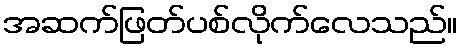
အဆက်ဖြတ်ပစ်လိုက်လေသည်။